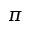
\pi